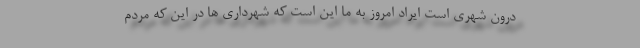
درون شهری است ایراد امروز به ما این است که شهرداری ها در این که مردم